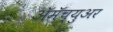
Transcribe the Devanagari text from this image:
ॲमॅच्युअर